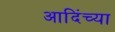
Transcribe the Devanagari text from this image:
आदिंच्या